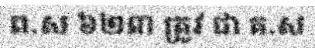
ព.ស ៦២៣ ត្រូវ ជា គ.ស